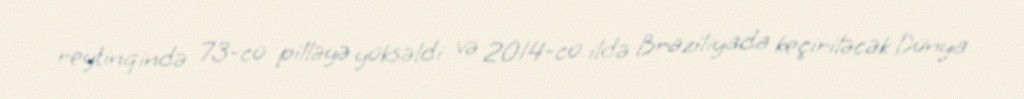
reytinqində 73-cü pilləyə yüksəldi və 2014-cü ildə Braziliyada keçiriləcək Dünya